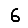
Digit: 6